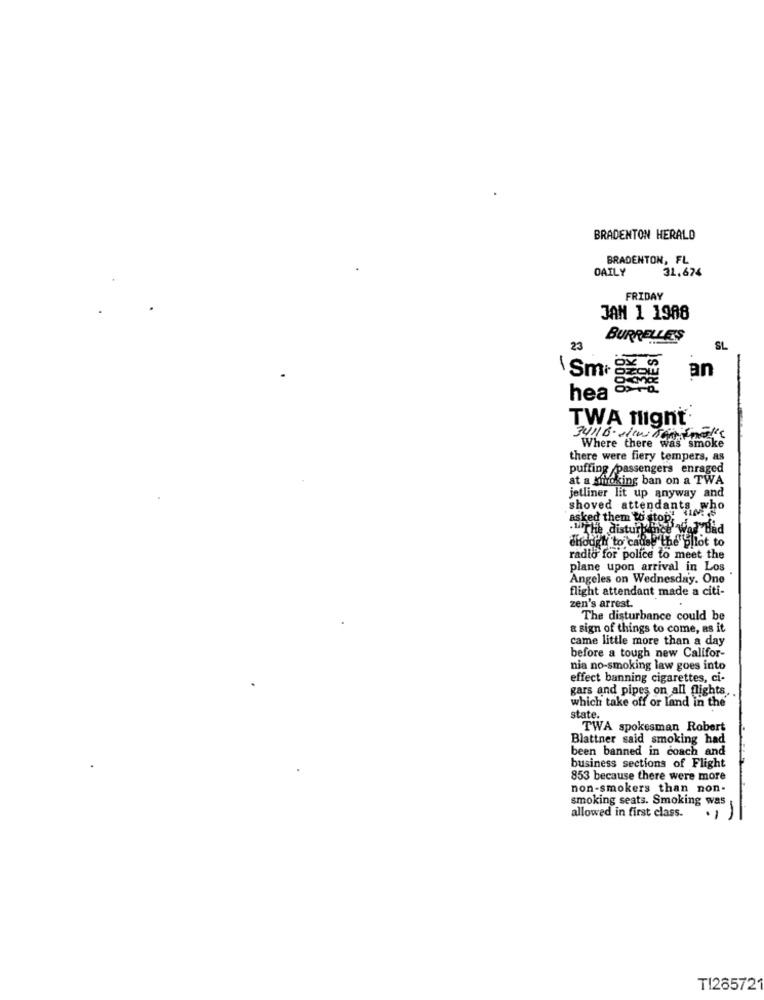
BRADENTON HERALD
BRADENTON, FL
DAILY
31.674
FRIDAY
JAN 1 1988
BURRELLE'S
23
SL
\Smr g
an
hea
TWA flight.
34116. Jew Teminat's
Where there was smoke
there were fiery tempers, as
puffing passengers enraged
at a kindking ban on a TWA
jetliner lit up anyway and
shoved attendants
asked them to stop'
- The disturban
chodit to cause the gllot to
radio for police to meet the
plane upon arrival in Los
Angeles on Wednesday. One
flight attendant made a citi-
zen's arrest.
The disturbance could be
& sign of things to come, as it
came little more than a day
before a tough new Califor-
nia no-smoking law goes into
effect banning cigarettes, ci-
gars and pipes on all flights ..
which take off or land in the
state.
TWA spokesman Robert
Blattner said smoking had
been banned in coach and
business sections of Flight
853 because there were more
non-smokers than non-
smoking seats. Smoking was
allowed in first class.
TI265721